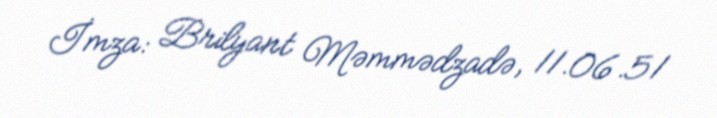
İmza: Brilyant Məmmədzadə, 11.06.51